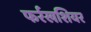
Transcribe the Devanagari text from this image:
फर्रखशियर